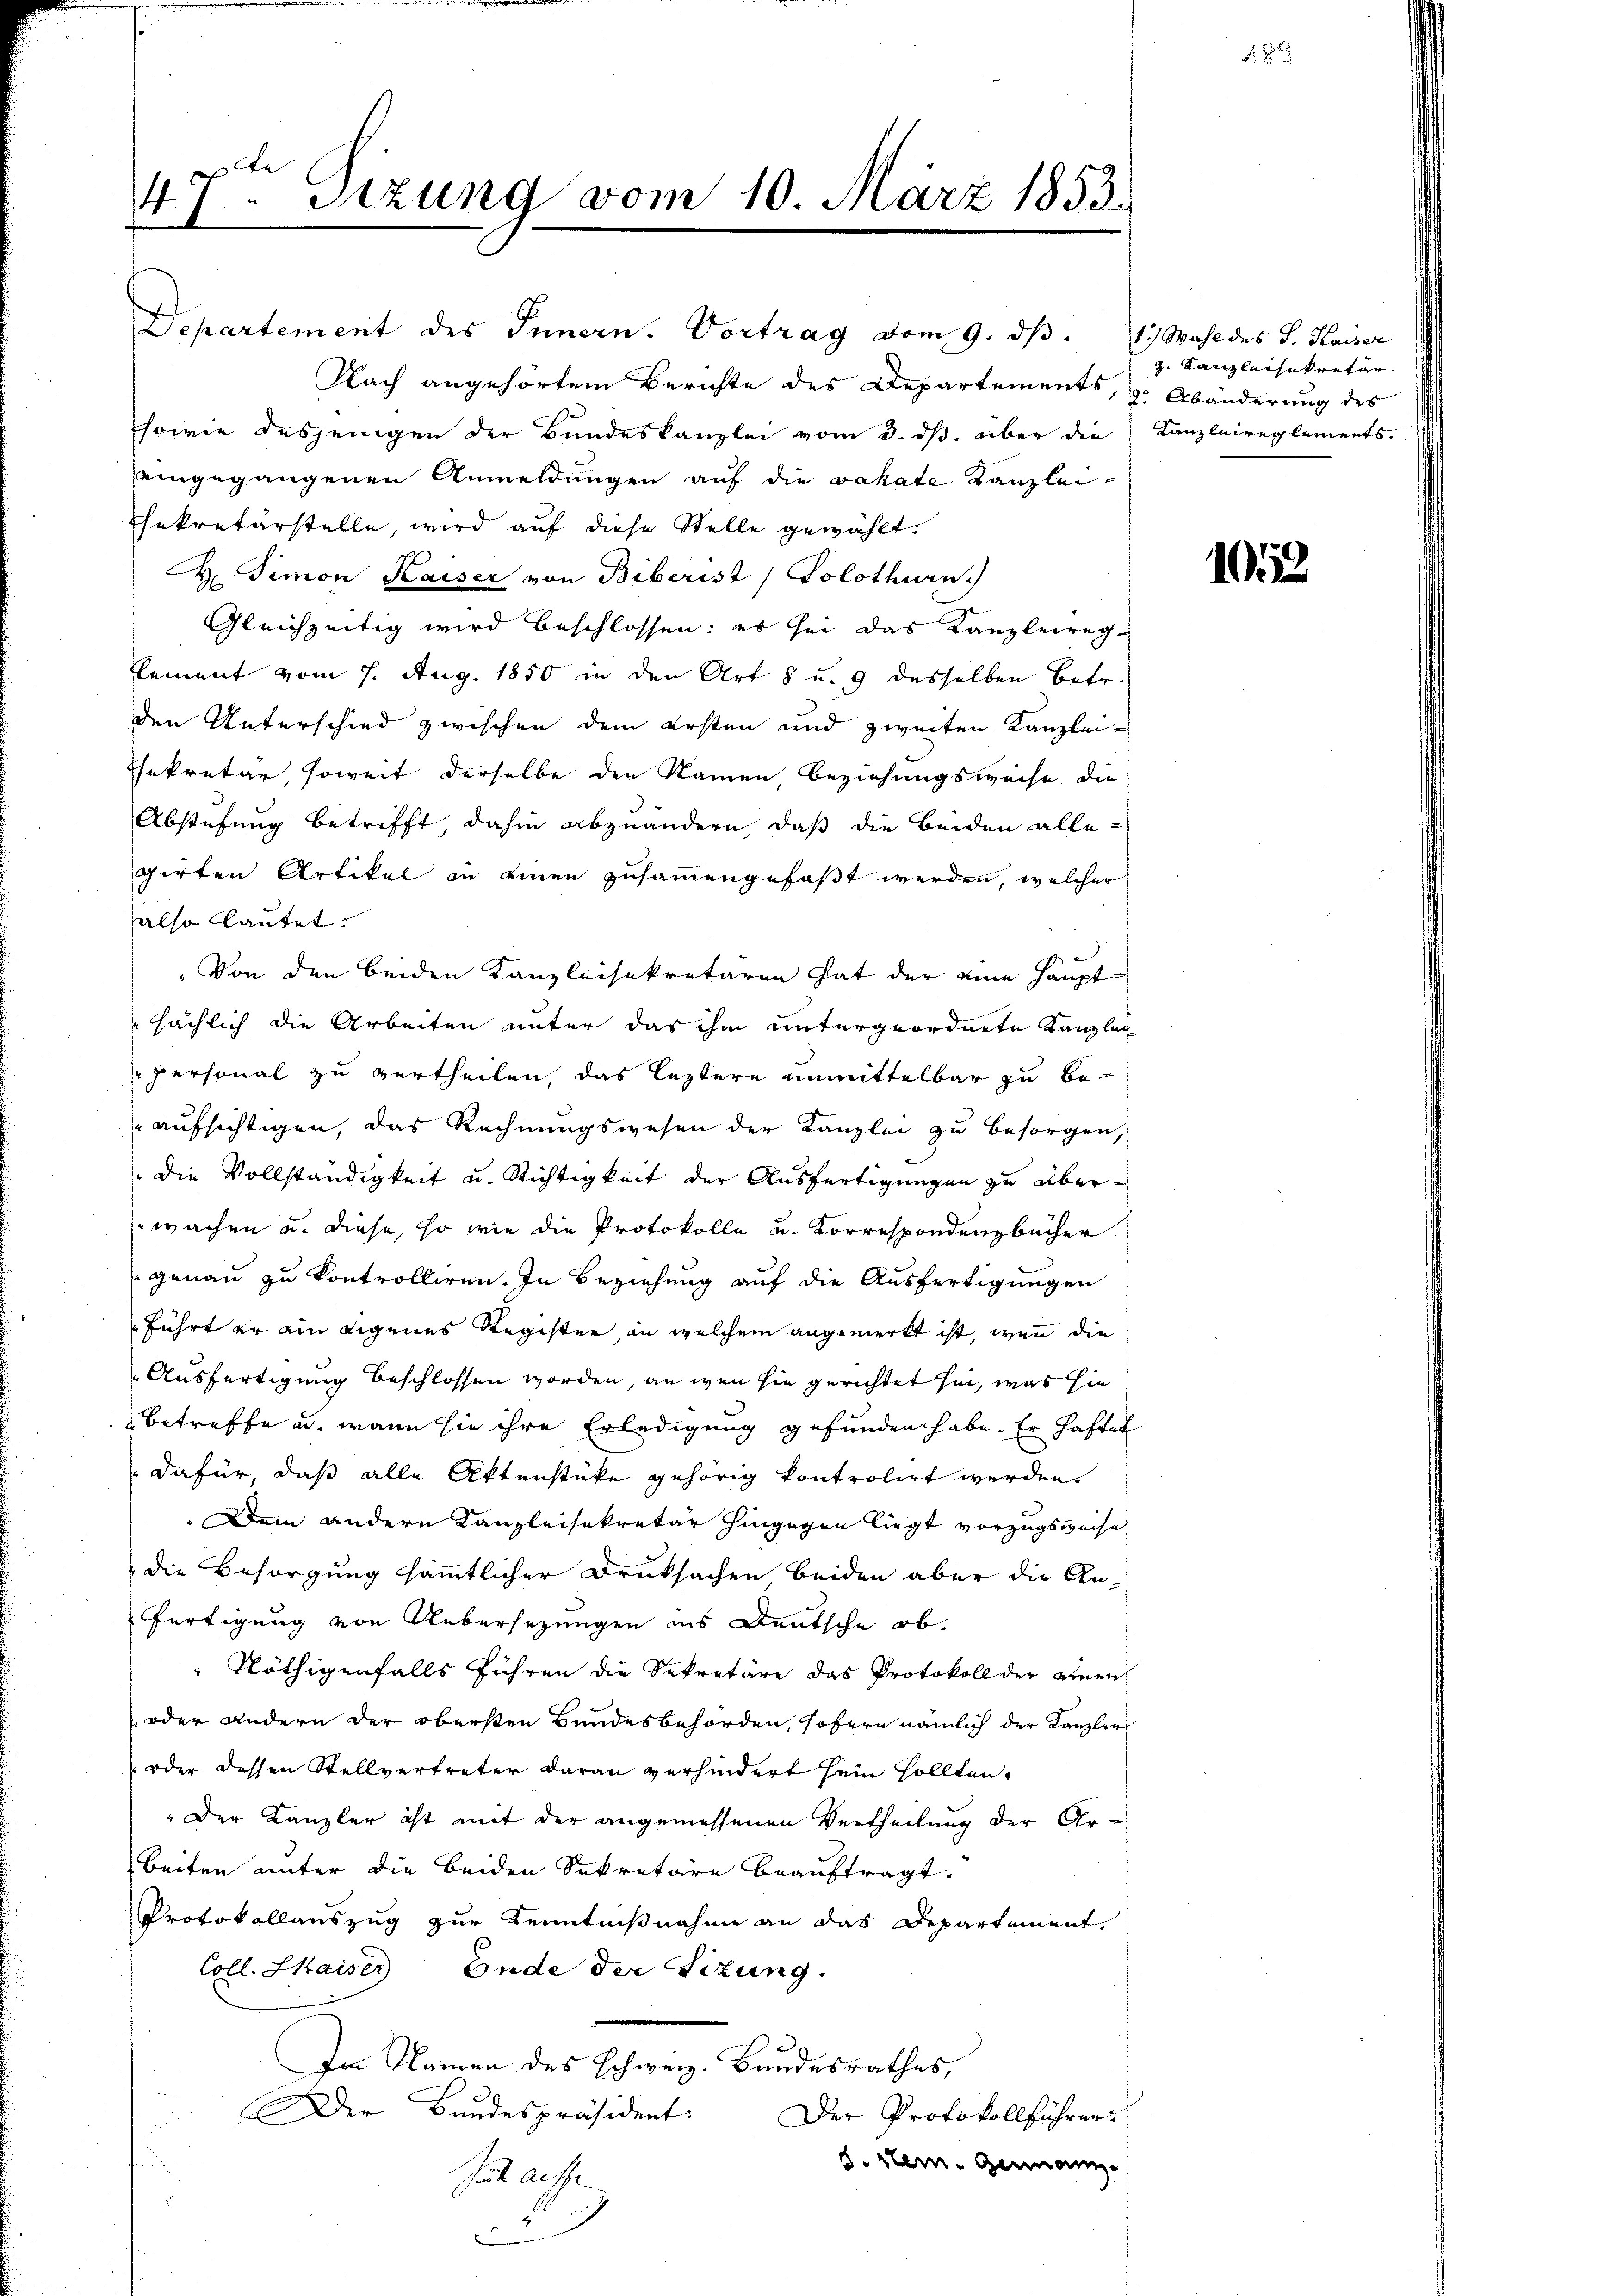
47ten Sizung vom 10. März 1853.

Departement des Innern. Vortrag vom 9. dβ. 1) Wahl des J. Kaiser
Nach angehörtem Berichte des Departements, d. Abänderung des
sowie desjenigen der Bundeskanzlei vom 3. ds. über die Kanzleireglements.
eingegangenen Anmeldungen auf die vakate Kanzlei-
sekretärstelle, wird auf diese Stelle gewählt.
. Simon Kaiser von Biberist Solothurn.
Gleichzeitig wird beschlossen: es sei das Kanzleireg¬
Cement vom 7. Aug. 1850 in den Art 8 u. 9 desselben Betr.
den Unterschied zwischen dem ersten und zweiten Kanzlei¬
Iekretär, soweit derselbe den Namen, Beziehungsweise die
Abstufung betrifft, dahin abzuändern, daß die beiden allegirten Artikel in einen zusammengefaßt werden, welcher
also lautet.
Von den beiden Kanzleisekretären hat der eine Hauptsächlich die Arbeiten unter das ihm untergeordnete Kanzlei
personal zu vertheilen, das leztere unmittelbar zu beaufsichtigen, das Rechnungswesen der Kanzlei zu besorgen,
die Vollständigkeit u. Richtigkeit der Ausfertigungen zu überwachen u. diese, so wie die Protokolle u. Korrespondenzbücher
genau zu kontrolliren. In Beziehung auf die Ausfertigungen
führt er ein eigenes Register, an welchem angemerkt ist, wenn die
Ausfertigung beschlossen worden, an wenn sie gerichtet sei, was sie
Betreffe u. wann sie ihre Erledigung gefunden habe. Er haftet
dafür, daß alle Aktenstücke gehörig kontrolirt werden.
Dein andern Kanzleisekretär hingegen liegt vorzugsweise
die Besorgung sämmtlicher Druksachen, beiden aber die Anfertigung von Uebersezungen ins Deutsche ob.
Nöthigenfalls führen die Sekretäre das Protokoll der ainen
 oder andern der obersten Bundesbehörden, sofern nämlich der Kanzler
oder dessen Stellvertreter daran verhindert sein sollten,
Der Kanzler ist mit der angemessenen Vertheilung der Ar-
beiten unter die beiden Sekretäre beauftragt.
Protokollauszug zur Kenntnißnahme an das Departement.
Coll. Skaiser Ende der Sizung.
Im Namen des Schweiz. Bundesrathes,
Der Bundespräsident:
Der Protokollführer
.
. Sein Germann
Zut ausse
.
d
.

z. Kanzleisekretge

8

1015